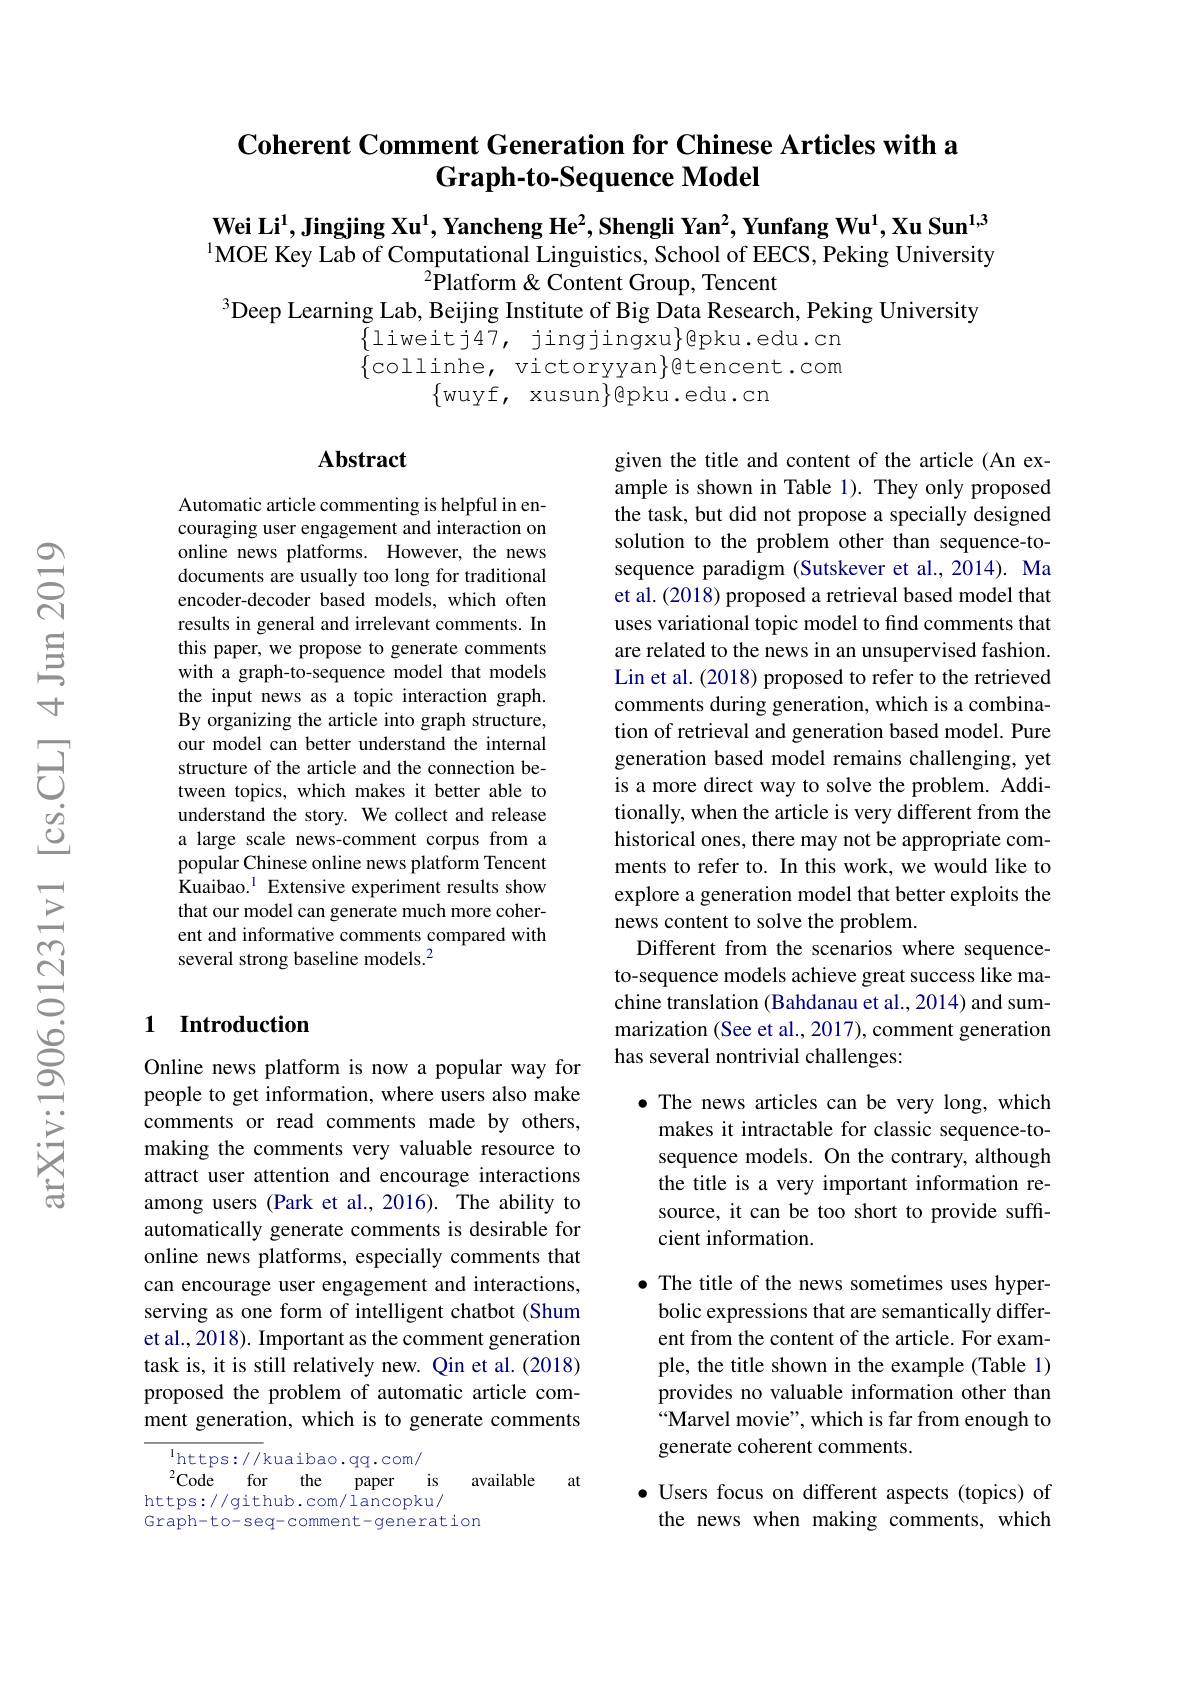
### $\textbf{Coherent Comment Generation for Chinese Articles with a}$ Graph-to-Sequence Model

$\mathbf{Wei~Li^1,Jingjing~Xu^1,~Yancheng~He^2,~Shengli~Yan^2,~Yunfang~Wu^1,~Xu~Sun^{1,3}}$ $^{1}$MOE Key Lab of Computational Linguistics, School of EECS, Peking University
$^{2}$Platform & Content Group, Tencent
$^{3}$Deep Learning Lab, Beijing Institute of Big Data Research, Peking University
$\begin{array}{ll}{\{\mathrm{liweitj47,~jingjingxu}\}@pku.edu.cn}\\{\{\mathrm{collinhe,~victoryyan}\}@tencent.com}\end{array}$
 wuvf, xusun$\{$epku. edu

## Abstract

Automatic article commenting is helpful in encouraging user engagement and interaction on online news platforms. However, the news documents are usually too long for traditional encoder-decoder based models, which often results in general and irrelevant comments. In this paper, we propose to generate comments with a graph-to-sequence model that models the input news as a topic interaction graph. By organizing the article into graph structure, our model can better understand the internal structure of the article and the connection between topics, which makes it better able to understand the story. We collect and release a large scale news-comment corpus from a popular Chinese online news platform Tencent Kuaibao.$^{1}$Extensive experiment results show that our model can generate much more coherent and informative comments compared with several strong baseline models.$^2$

given the title and content of the article (An example is shown in Table 1). They only proposed the task, but did not propose a specially designed solution to the problem other than sequence-tosequence paradigm (Sutskever et al.,2014). Ma et al. (2018) proposed a retrieval based model that uses variational topic model to find comments that are related to the news in an unsupervised fashion. Lin et al. (2018) proposed to refer to the retrieved comments during generation, which is a combination of retrieval and generation based model. Pure generation based model remains challenging, yet is a more direct way to solve the problem. Additionally, when the article is very different from the historical ones, there may not be appropriate comments to refer to. In this work, we would like to explore a generation model that better exploits the news content to solve the problem.
Different from the scenarios where sequenceto-sequence models achieve great success like machine translation (Bahdanau et al., 2014) and summarization (See et al., 2017), comment generation has several nontrivial challenges:

## 1 Introduction

$\bullet$ The news articles can be very long, which makes it intractable for classic sequence-tosequence models. On the contrary, although the title is a very important information resource, it can be too short to provide suffcient information.

Online news platform is now a popular way for people to get information, where users also make comments or read comments made by others, making the comments very valuable resource to attract user attention and encourage interactions among users (Park et al., 2016). The ability to automatically generate comments is desirable for online news platforms, especially comments that can encourage user engagement and interactions, serving as one form of intelligent chatbot (Shum et al., 2018). Important as the comment generation task is, it is still relatively new. Qin et al.(2018) proposed the problem of automatic article comment generation, which is to generate comments

· The title of the news sometimes uses hyper-
bolic expressions that are semantically different from the content of the article. For example, the title shown in the example (Table 1) provides no valuable information other than “Marvel movie", which is far from enough to generate coherent comments.

at

$^{\mathrm{l}}$https://kuaibao.qq.com/
$^{2}$Code for the paper is available
https://github.com/lancopku/
Graph-to-seq-comment-generation

$\bullet$ Users focus on different aspects (topics) of the news when making comments, which